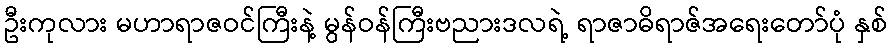
ဦးကုလား မဟာရာဇဝင်ကြီးနဲ့ မွန်ဝန်ကြီးဗညားဒလရဲ့ ရာဇာဓိရာဇ်အရေးတော်ပုံ နှစ်